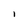
Character: 1